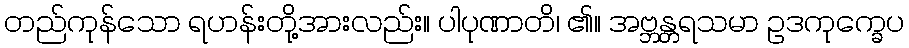
တည်ကုန်သော ရဟန်းတို့အားလည်း။ ပါပုဏာတိ၊ ၏။ အဗ္ဘန္တရသမာ ဥဒကုက္ခေပ